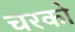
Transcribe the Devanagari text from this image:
चरको